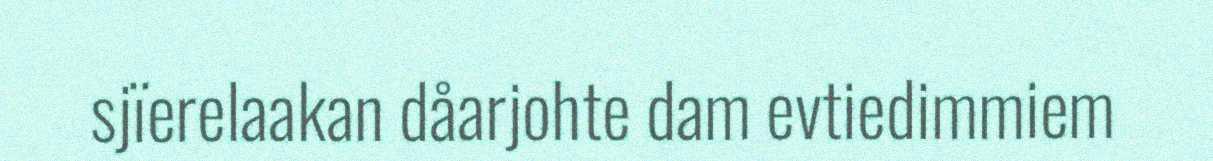
sjïerelaakan dåarjohte dam evtiedimmiem